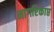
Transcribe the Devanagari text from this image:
नागरिकाप्त